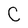
Character: C